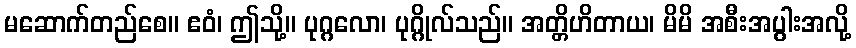
မဆောက်တည်စေ။ ဧဝံ၊ ဤသို့။ ပုဂ္ဂလော၊ ပုဂ္ဂိုလ်သည်။ အတ္တိဟိတာယ၊ မိမိ အစီးအပွါးအလို့